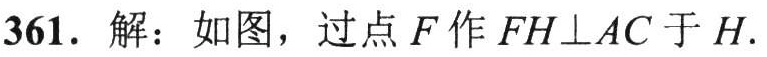
361. 解：如图，过点\(F\)作\(FH\perp AC\)于\(H\).